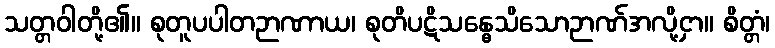
သတ္တဝါတို့၏။ စုတူပပါတဉာဏာယ၊ စုတိပဋိသန္ဓေသိသောဉာဏ်အလို့ငှာ။ စိတ္တံ၊